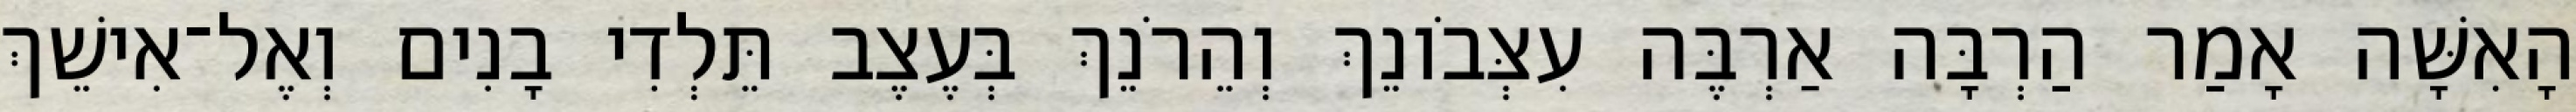
הָאִשָּׁה אָמַר הַרְבָּה אַרְבֶּה עִצְּבֹונֵךְ וְהֵרֹנֵךְ בְּעֶצֶב תֵּלְדִי בָנִים וְאֶל־אִישֵׁךְ